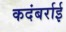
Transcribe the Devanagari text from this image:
कदंबर्राई